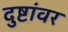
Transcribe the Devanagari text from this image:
दुष्टांवर